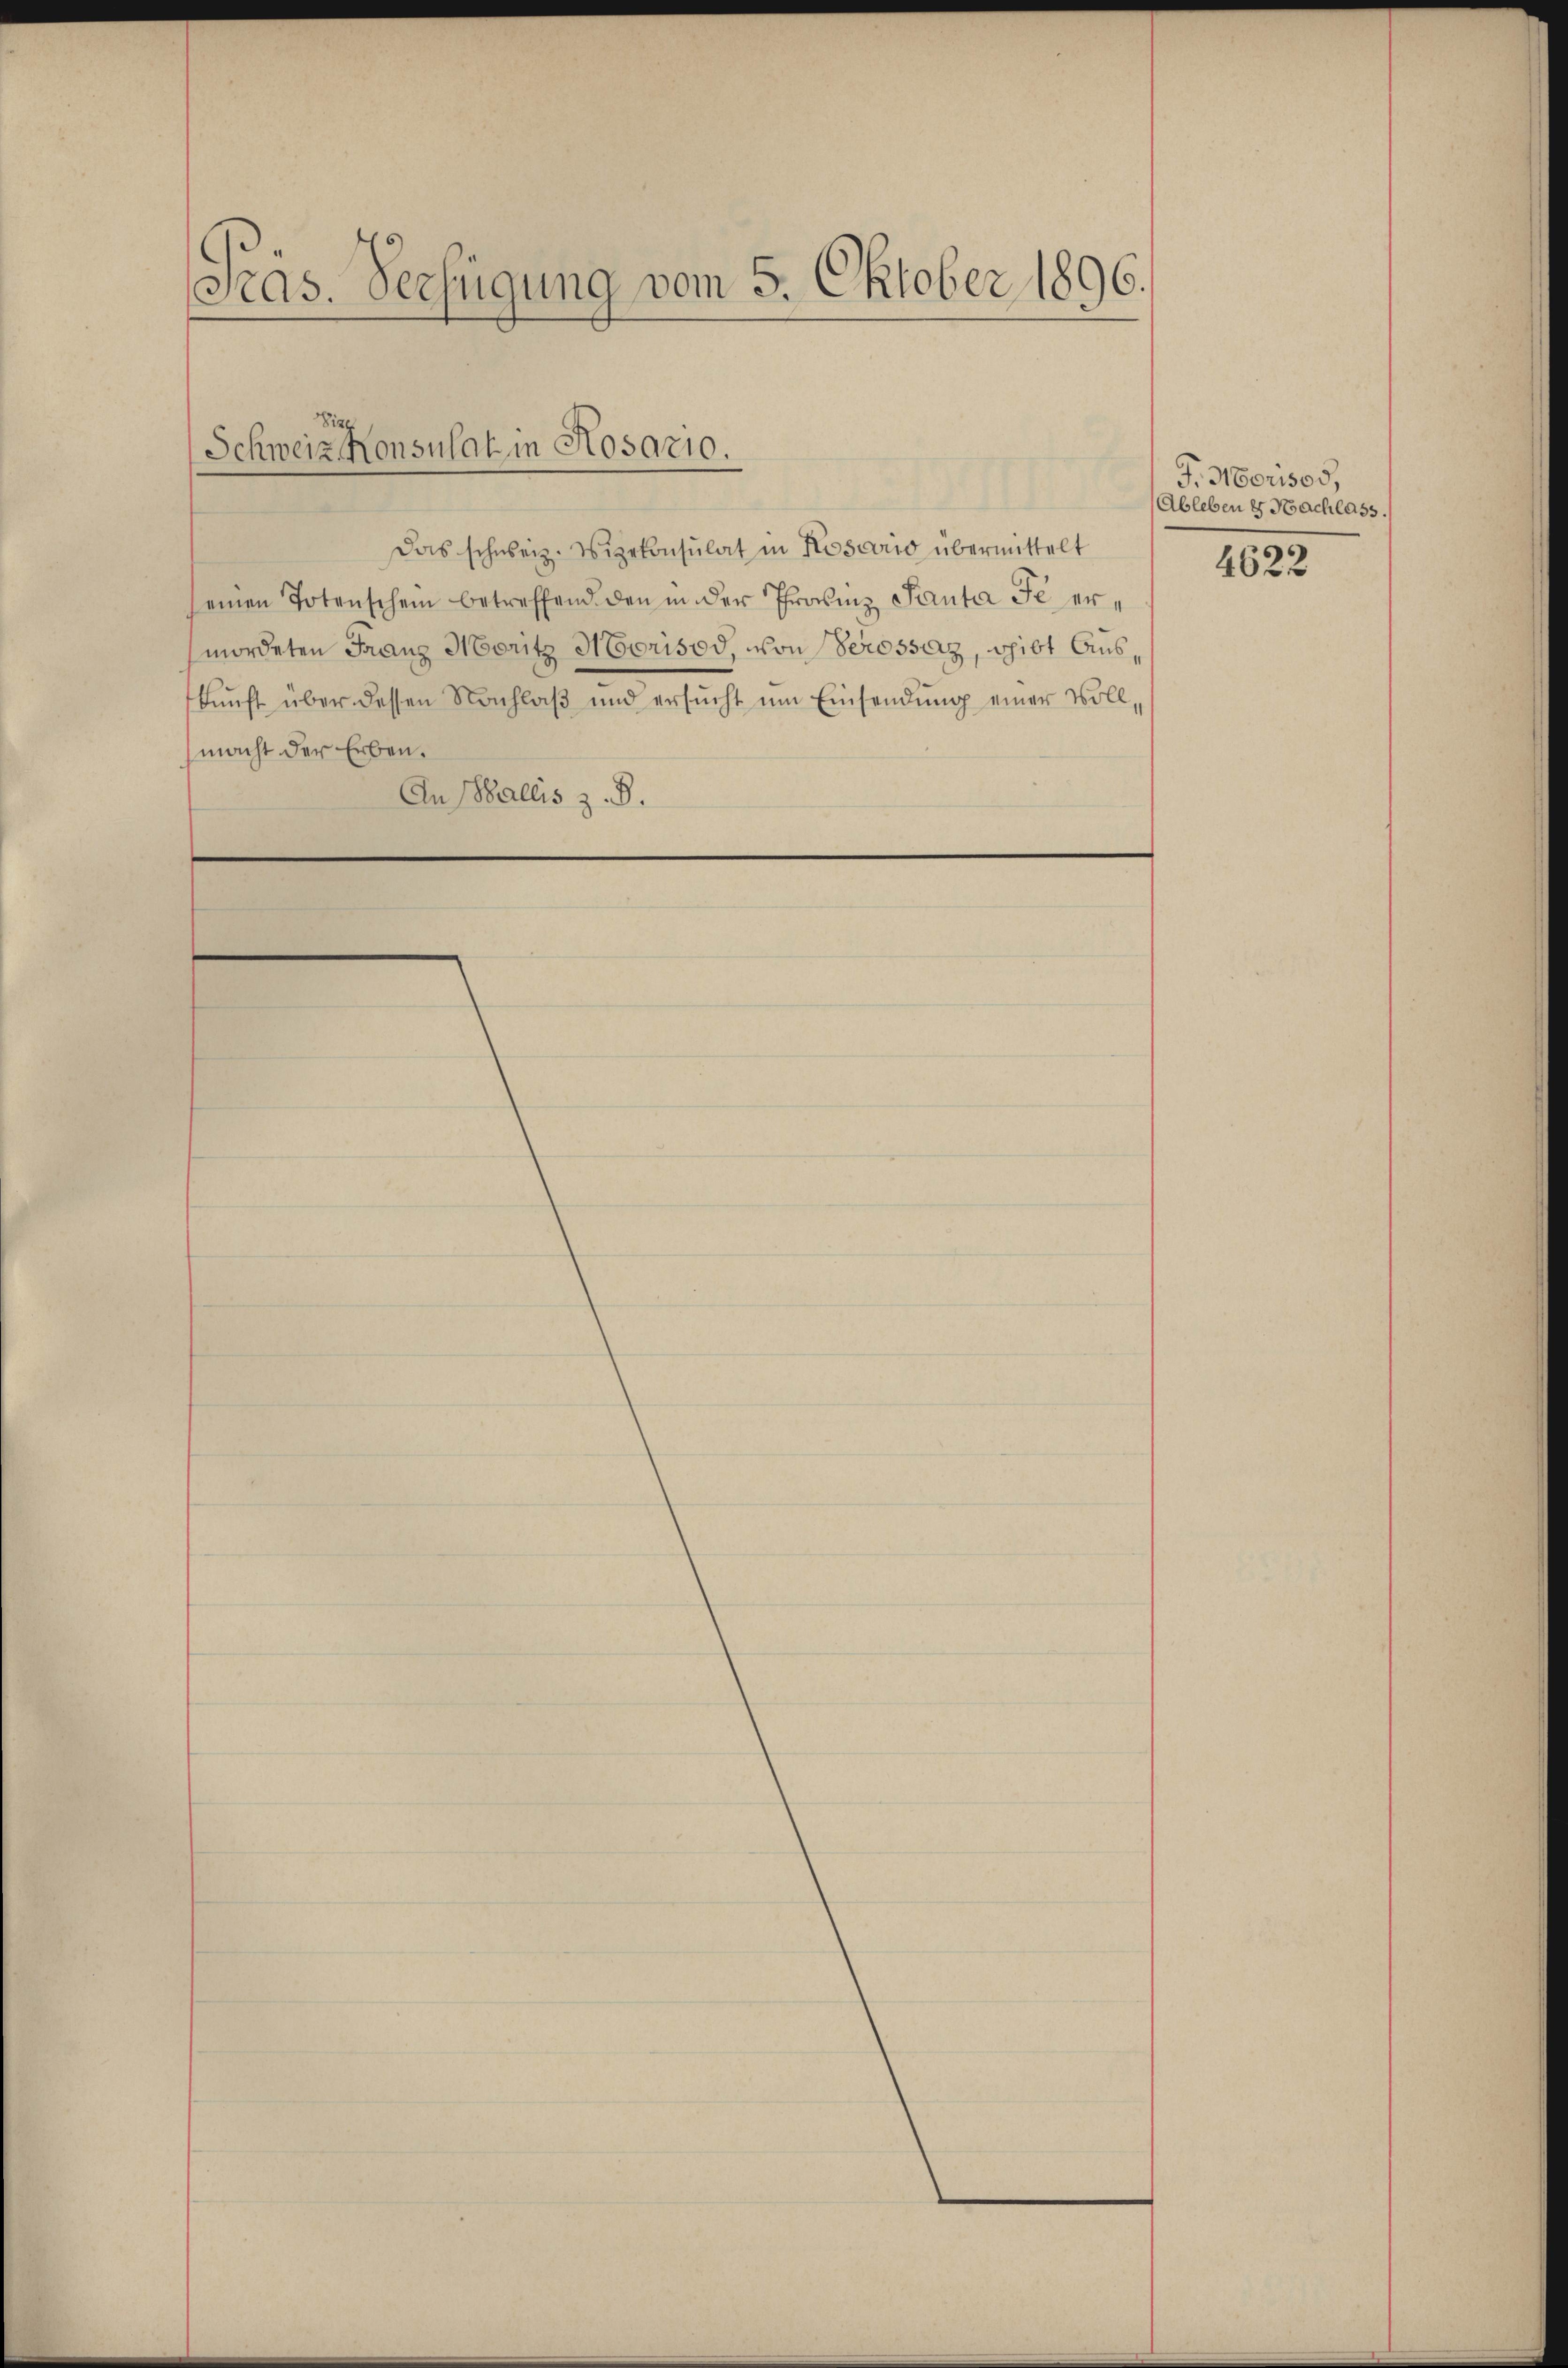
Sras. Verfügung vom 5. Oktober 1896.

Schweiz. Konsulat in Rosario.

Das schweiz. Vizekonsulat in Koscio übermittelt
einen Totenschein betreffend den in der Provinz Santa Fe ermordeten Franz Moritz Morisod, von Serossaz, gibt Auskunft über dessen Nachlaβ und ersŭcht ŭm Einsendung einer Vollmacht der Erben.
An Wallis z. B.

F. Morisos,
Ableben & Nachlass.

4622